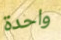
واحدة